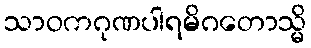
သာဝကဂုဏပါရမိဂတောသ္မိ